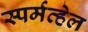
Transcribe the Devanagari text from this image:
स्पर्मव्हेल